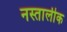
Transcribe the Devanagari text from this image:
नस्तालीक